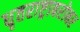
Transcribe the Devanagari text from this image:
धृतराष्ट्राबरोबर